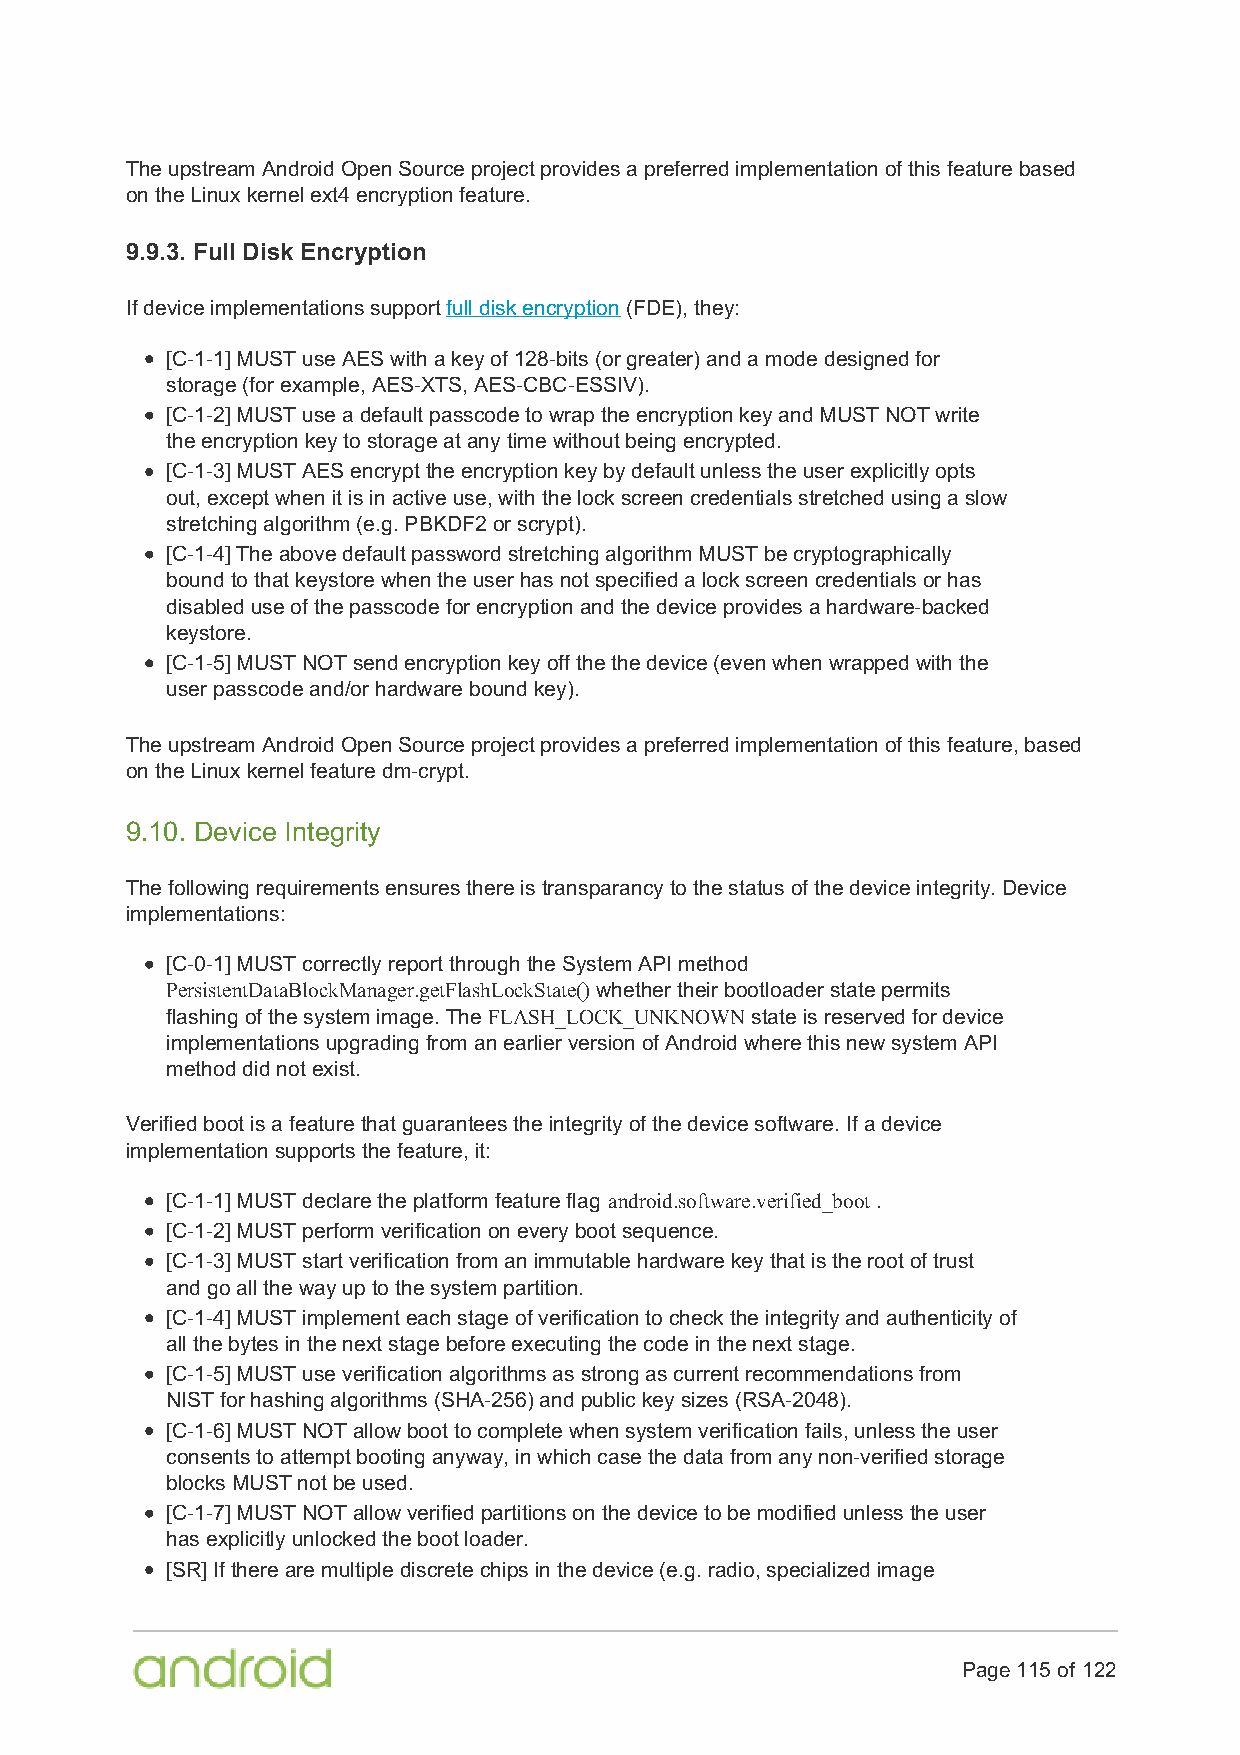
The upstream Android Open Source project provides a preferred implementation of this feature based
 on the Linux kernel ext4 encryption feature.
 9.9.3. Full Disk Encryption
 If device implementations support full disk encryption (FDE), they:
 [C-1-1] MUST use AES with a key of 128-bits (or greater) and a mode designed for
 storage (for example, AES-XTS, AES-CBC-ESSIV).
 [C-1-2] MUST use a default passcode to wrap the encryption key and MUST NOT write
 the encryption key to storage at any time without being encrypted.
 [C-1-3] MUST AES encrypt the encryption key by default unless the user explicitly opts
 out, except when it is in active use, with the lock screen credentials stretched using a slow
 stretching algorithm (e.g. PBKDF2 or scrypt).
 [C-1-4] The above default password stretching algorithm MUST be cryptographically
 bound to that keystore when the user has not specified a lock screen credentials or has
 disabled use of the passcode for encryption and the device provides a hardware-backed
 keystore.
 [C-1-5] MUST NOT send encryption key off the the device (even when wrapped with the
 user passcode and/or hardware bound key).
 The upstream Android Open Source project provides a preferred implementation of this feature, based
 on the Linux kernel feature dm-crypt.
 9.10. Device Integrity
 The following requirements ensures there is transparancy to the status of the device integrity. Device
 implementations:
 [C-0-1] MUST correctly report through the System API method
 PersistentDataBlockManager.getFlashLockState() whether their bootloader state permits
 flashing of the system image. The FLASH_LOCK_UNKNOWN state is reserved for device
 implementations upgrading from an earlier version of Android where this new system API
 method did not exist.
 Verified boot is a feature that guarantees the integrity of the device software. If a device
 implementation supports the feature, it:
 [C-1-1] MUST declare the platform feature flag android.software.verified_boot .
 [C-1-2] MUST perform verification on every boot sequence.
 [C-1-3] MUST start verification from an immutable hardware key that is the root of trust
 and go all the way up to the system partition.
 [C-1-4] MUST implement each stage of verification to check the integrity and authenticity of
 all the bytes in the next stage before executing the code in the next stage.
 [C-1-5] MUST use verification algorithms as strong as current recommendations from
 NIST for hashing algorithms (SHA-256) and public key sizes (RSA-2048).
 [C-1-6] MUST NOT allow boot to complete when system verification fails, unless the user
 consents to attempt booting anyway, in which case the data from any non-verified storage
 blocks MUST not be used.
 [C-1-7] MUST NOT allow verified partitions on the device to be modified unless the user
 has explicitly unlocked the boot loader.
 [SR] If there are multiple discrete chips in the device (e.g. radio, specialized image
 Page 115 of 122